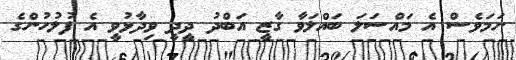
ނަމަވެސް އެ މައްސަލަ ބައްލަވާ ގާޒީ އަބްދު ދީދީ ވިދާޅުވީ އެ ފުލުހުންގެ